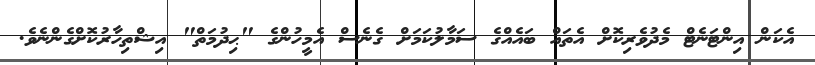
އެކަން އިންޓަނެޓް މެދުވެރިކޮށް އެތައް ބައެއްގެ ސަމާލުކަމަށް ގެނެސް އެމީހުންގެ "ޙިދުމަތް" އިޝްތިހާރުކޮށްގެންނެވެ.